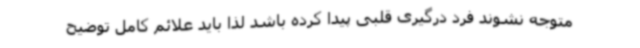
متوجه نشوند فرد درگیری قلبی پیدا کرده باشد لذا باید علائم کامل توضیح